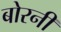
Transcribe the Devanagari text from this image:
बोरनी